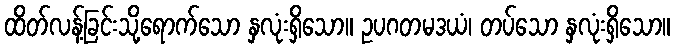
ထိတ်လန့်ခြင်းသို့ရောက်သော နှလုံးရှိသော။ ဥပဂတမဒယံ၊ တပ်သော နှလုံးရှိသော။